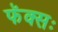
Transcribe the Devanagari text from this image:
फॅक्सः